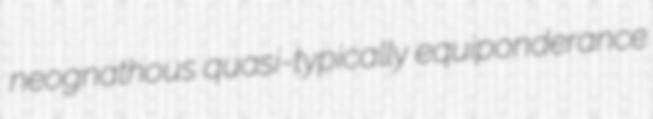
neognathous quasi-typically equiponderance